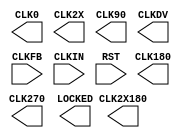
// $Header: /devl/xcs/repo/env/Databases/CAEInterfaces/xec_libs/data/unisims/CLKDLLE.v,v 1.1 2005/05/10 01:20:03 wloo Exp $

/*

FUNCTION	: Clock Delay Locked Loop

*/

`celldefine
`timescale  1 ps / 1 ps

module CLKDLLE (CLK0, CLK180, CLK270, CLK2X, CLK2X180, CLK90, CLKDV, LOCKED, CLKFB, CLKIN, RST);

parameter CLKDV_DIVIDE = 2.0;
parameter DUTY_CYCLE_CORRECTION = "TRUE";
parameter FACTORY_JF = 16'hC080;		// non-simulatable
parameter STARTUP_WAIT = "FALSE";		// non-simulatable

input  CLKIN, CLKFB, RST;
output CLK0, CLK90, CLK180, CLK270, CLK2X, CLK2X180, CLKDV;
output LOCKED;

endmodule